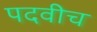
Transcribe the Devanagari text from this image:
पदवीच